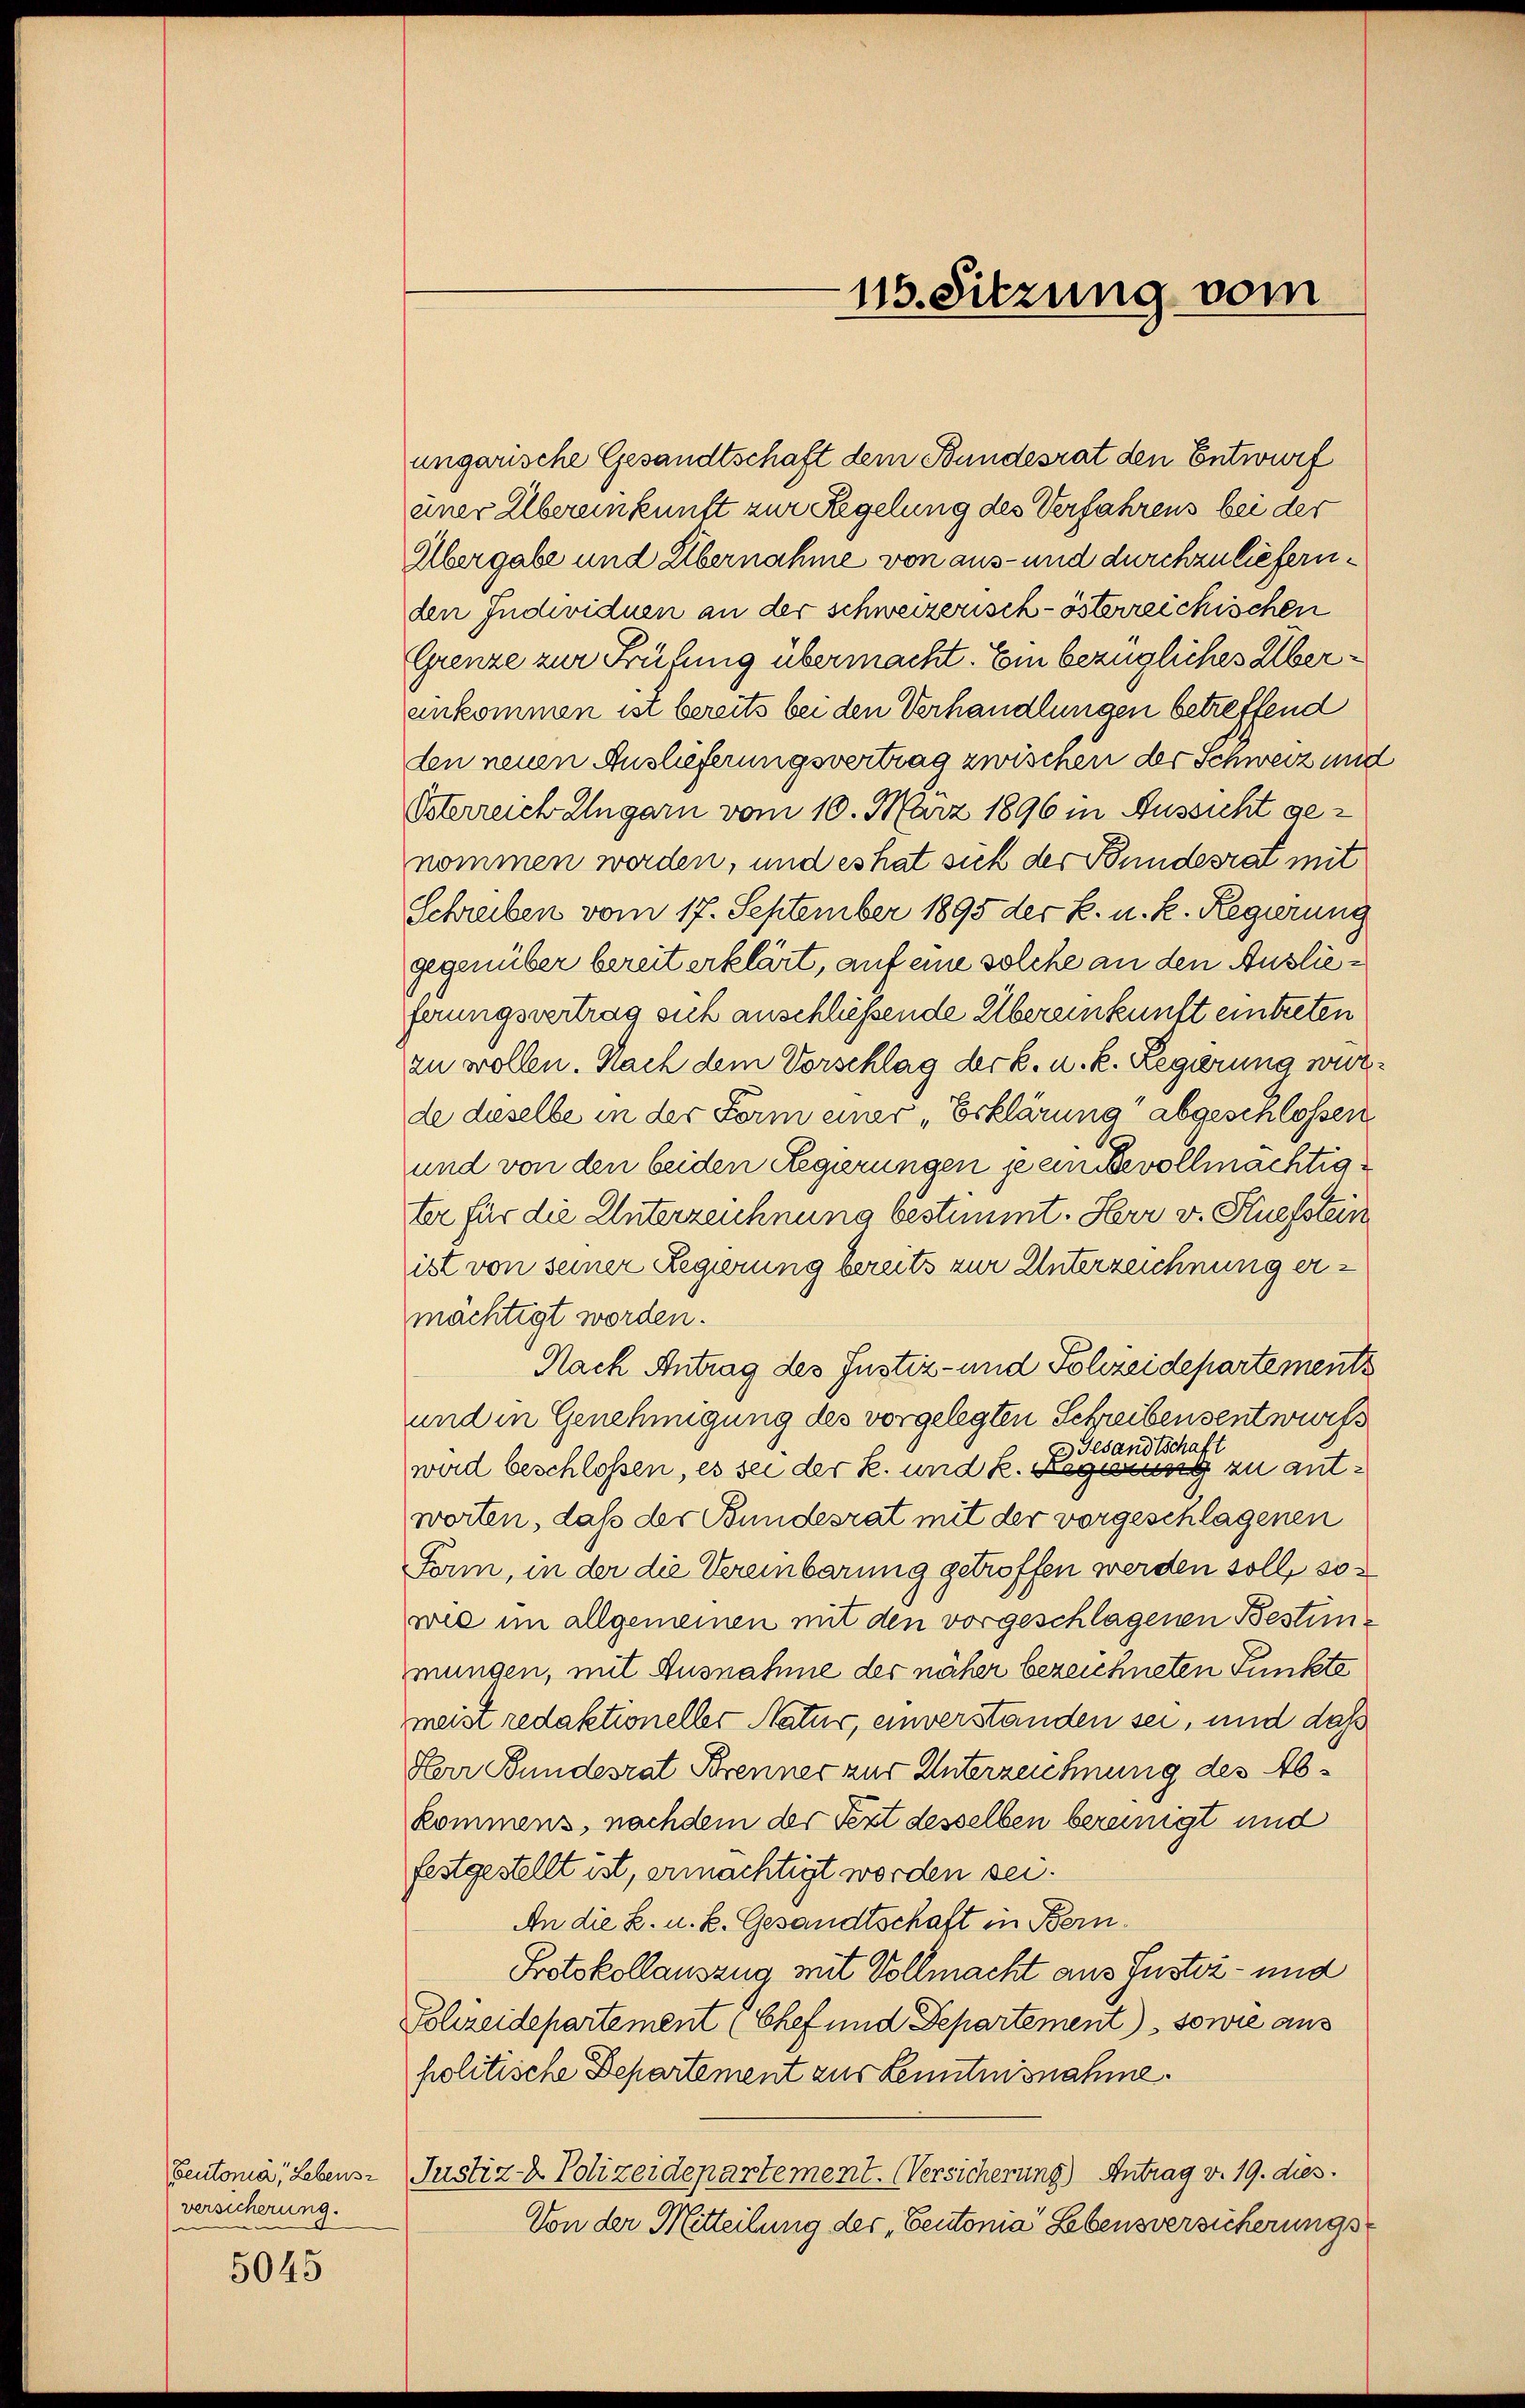
Beutonia, Lebens-
versicherung.

5045

115. Sitzung vom

ungarische Gesandtschaft dem Bundesrat den Entwurf
einer Übereinkunft zur Regelung des Verfahrens bei der
Übergabe und Übernahme von aus- und durchzuliefernden Individuen an der schweizerisch-österreichischen
Grenze zur Frühung übermacht. Ein bezügliches Überankommen ist bereits bei den Verhandlungen betreffend
den neuen Auslieferungsvertrag zwischen der Schweiz und
Osterreich Ungarn vom 10. März 1896 in Aussicht genommen werden, und es hat sich der Bundesrat mit
Schreiben vom 17. September 1895 der k. u. k. Regierung
gegenüber bereit erklärt, auf eine solche an den Auslieferungsvertrag sich anschliessende Übereinkunft eintreten
zu wollen. Nach dem Vorschlag der B. u. k. Regierung wurde dieselbe in der Form einer „Erklärung abgeschlossen
und von den beiden Regierungen zu einige vollmächtigter für die Unterzeichnung bestimmt. Herr v. Stiefstein
ist von seiner Regierung bereits zur Unterzeichnung ermächtigt worden.
Nach Antrag des Justiz- und Polizeidepartements
und in Genehmigung des vorgelegten Schreibensentwurfs
2) Gesandtschaft
wird beschlossen, es sei der k. und k. Regung zu antworten, daß der Bundesrat mit der vorgeschlagenen
Form, in der die Vereinbarung getroffen werden soll, sowie im allgemeinen mit den vorgeschlagenen Bestimmungen, mit Ausnahme der näher bezeichneten Punkte
meist redaktioneller Natur, einverständen sei, und daß
Herr Bundesrat Brenner zur Unterzeichnung des Abkommens, nachdem der Text desselben bereinigt und
festgestellt ist, ermächtigt worden sei.
An die K. u. k. Gesandtschaft in Bern.
Protokollauszug mit Vollmacht aus Justiz- und
Schreidepartement (Chef und Departement) sowie aus
politische Departement zur Lenntnisnahme.
Justiz- & Polizeidepartement. Versicherung) Antrag v. 19. dies
Von der Mitteilung der Centonia Lebensversicherungs¬